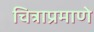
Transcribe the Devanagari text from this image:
चित्राप्रमाणे